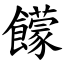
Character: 饛